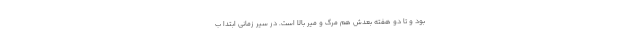
بود و تا دو هفته بعدش هم مرگ و میر بالا است. در سیر زمانی ابتدا ب